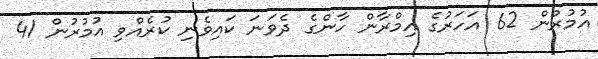
އުމުރުން 62 އަހަރުގެ އިމްރާން ހާންގެ ދެވަނަ ކައިވެނި ކުރެއްވި އުމުރުން 41